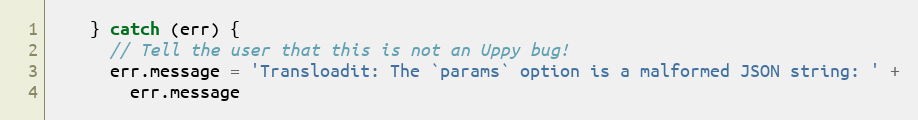
Language: JavaScript
    } catch (err) {
      // Tell the user that this is not an Uppy bug!
      err.message = 'Transloadit: The `params` option is a malformed JSON string: ' +
        err.message